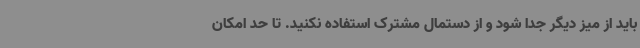
باید از میز دیگر جدا شود و از دستمال مشترک استفاده نکنید. تا حد امکان